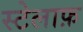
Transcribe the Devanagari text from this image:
स्टेलाफ़